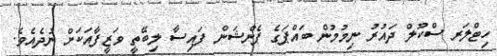
ހިޓްލަރ ސްކޫލް ދައުރު ނިމުމުން ބައްޕަގެ ޕެންޝަން ފައިސާ ލިބޭތީ ވަޒީފާއަކަށް ނުދެއެވެ.